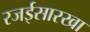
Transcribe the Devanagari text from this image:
रजईसारखा